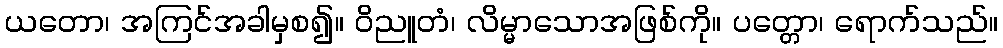
ယတော၊ အကြင်အခါမှစ၍။ ဝိညူတံ၊ လိမ္မာသောအဖြစ်ကို။ ပတ္တော၊ ရောက်သည်။